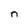
Character: n